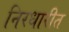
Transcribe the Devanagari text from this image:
निरधारीत